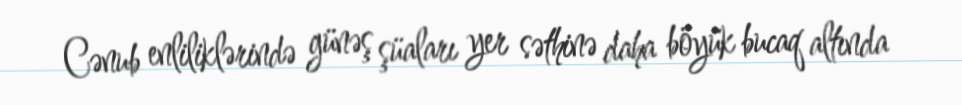
Cənub enliliklərində günəş şüaları yer səthinə daha böyük bucaq altında